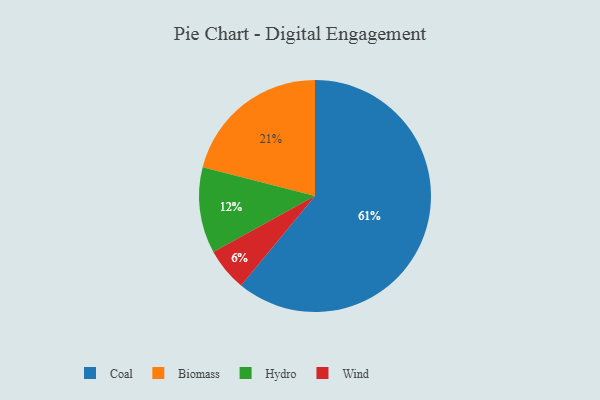
{"axis": {"x": "Category", "y": "Percentage"}, "legend": ["Biomass", "Coal", "Hydro", "Wind"], "data": [{"x": "Wind", "y": 6, "type": "Wind"}, {"x": "Coal", "y": 61, "type": "Coal"}, {"x": "Biomass", "y": 21, "type": "Biomass"}, {"x": "Hydro", "y": 12, "type": "Hydro"}]}